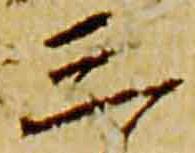
三